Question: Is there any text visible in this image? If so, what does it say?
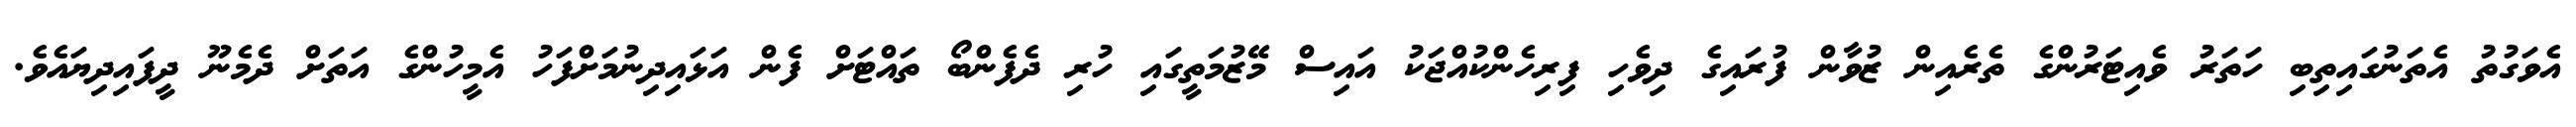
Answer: އެވަގުތު އެތަނުގައިތިބި ހަތަރު ވެއިޓަރުންގެ ތެރެއިން ޒުވާން ފުރައިގެ ދިވެހި ފިރިހެންކުއްޖަކު އައިސް މޭޒުމަތީގައި ހުރި ދެފެންބޯ ތައްޓަށް ފެން އަޅައިދިނުމަށްފަހު އެމީހުންގެ އަތަށް ދެމެނޫ ދީފައިދިޔައެވެ.